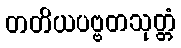
တတိယပဗ္ဗတသုတ္တံ